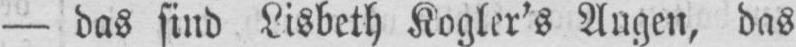
- das sind Lisbeth Kogler’s Augen, das